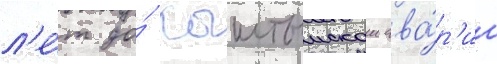
л'е́т до́ кыштымскои ава́р'ии